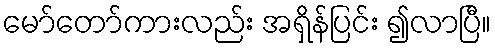
မော်တော်ကားလည်း အရှိန်ပြင်း ၍လာပြီ။